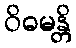
ဝိဓမန္တိ